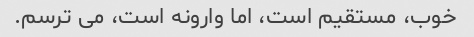
خوب، مستقیم است، اما وارونه است، می ترسم.